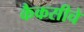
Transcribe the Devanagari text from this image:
कैकसीचे